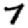
Digit: 7